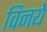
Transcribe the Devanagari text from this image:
विनये